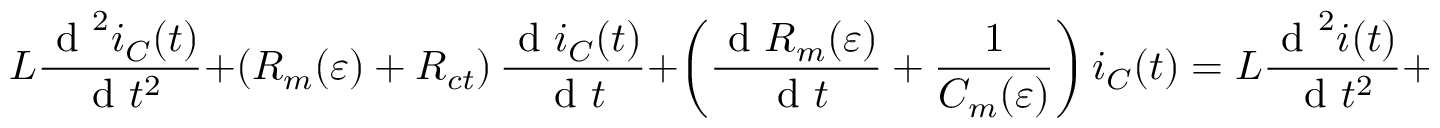
L \frac { \textrm { d } ^ { 2 } i _ { C } ( t ) } { \textrm { d } t ^ { 2 } } + \left( R _ { m } ( \varepsilon ) + R _ { c t } \right) \frac { \textrm { d } i _ { C } ( t ) } { \textrm { d } t } + \left( \frac { \textrm { d } R _ { m } ( \varepsilon ) } { \textrm { d } t } + \frac { 1 } { C _ { m } ( \varepsilon ) } \right) i _ { C } ( t ) = L \frac { \textrm { d } ^ { 2 } i ( t ) } { \textrm { d } t ^ { 2 } } + R _ { m } \frac { \textrm { d } i ( t ) } { \textrm { d } t } + \frac { \textrm { d } R _ { m } ( \varepsilon ) } { \textrm { d } t } i ( t ) .